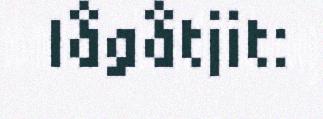
lågåtjit: